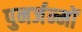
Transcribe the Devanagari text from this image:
पुनर्जन्मों